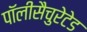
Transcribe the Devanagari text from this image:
पॉलीसैचुरेटेड